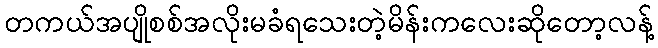
တကယ်အပျိုစစ်အလိုးမခံရသေးတဲ့မိန်းကလေးဆိုတော့လန့်